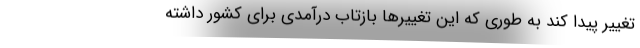
تغییر پیدا کند به طوری که این تغییر‌ها بازتاب درآمدی برای کشور داشته